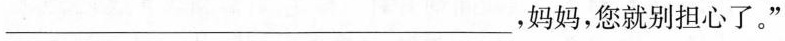
___，妈妈，您就别担心了。”